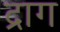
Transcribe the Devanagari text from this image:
द्राग